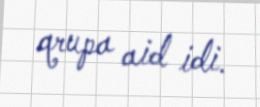
qrupa aid idi.